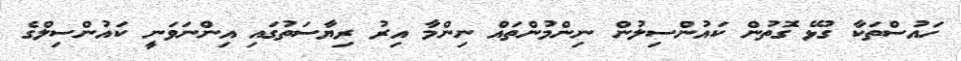
ހައުސްތަކާ ގުޅޭ ގޮތުން ކައުންސިލުން ނިންމުންތައް ނިންމާ އިރު ރިޔާސަތުގައި އިންނަވަނީ ކައުންސިލްގެ